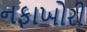
નફાખોરી